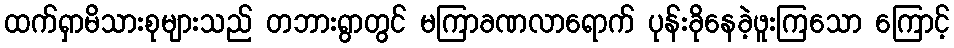
ထက်ရှာမိသားစုများသည် တဘားရွာတွင် မကြာခဏလာရောက် ပုန်းခိုနေခဲ့ဖူးကြသော ကြောင့်